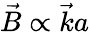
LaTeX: \vec{B}\propto\vec{k}a